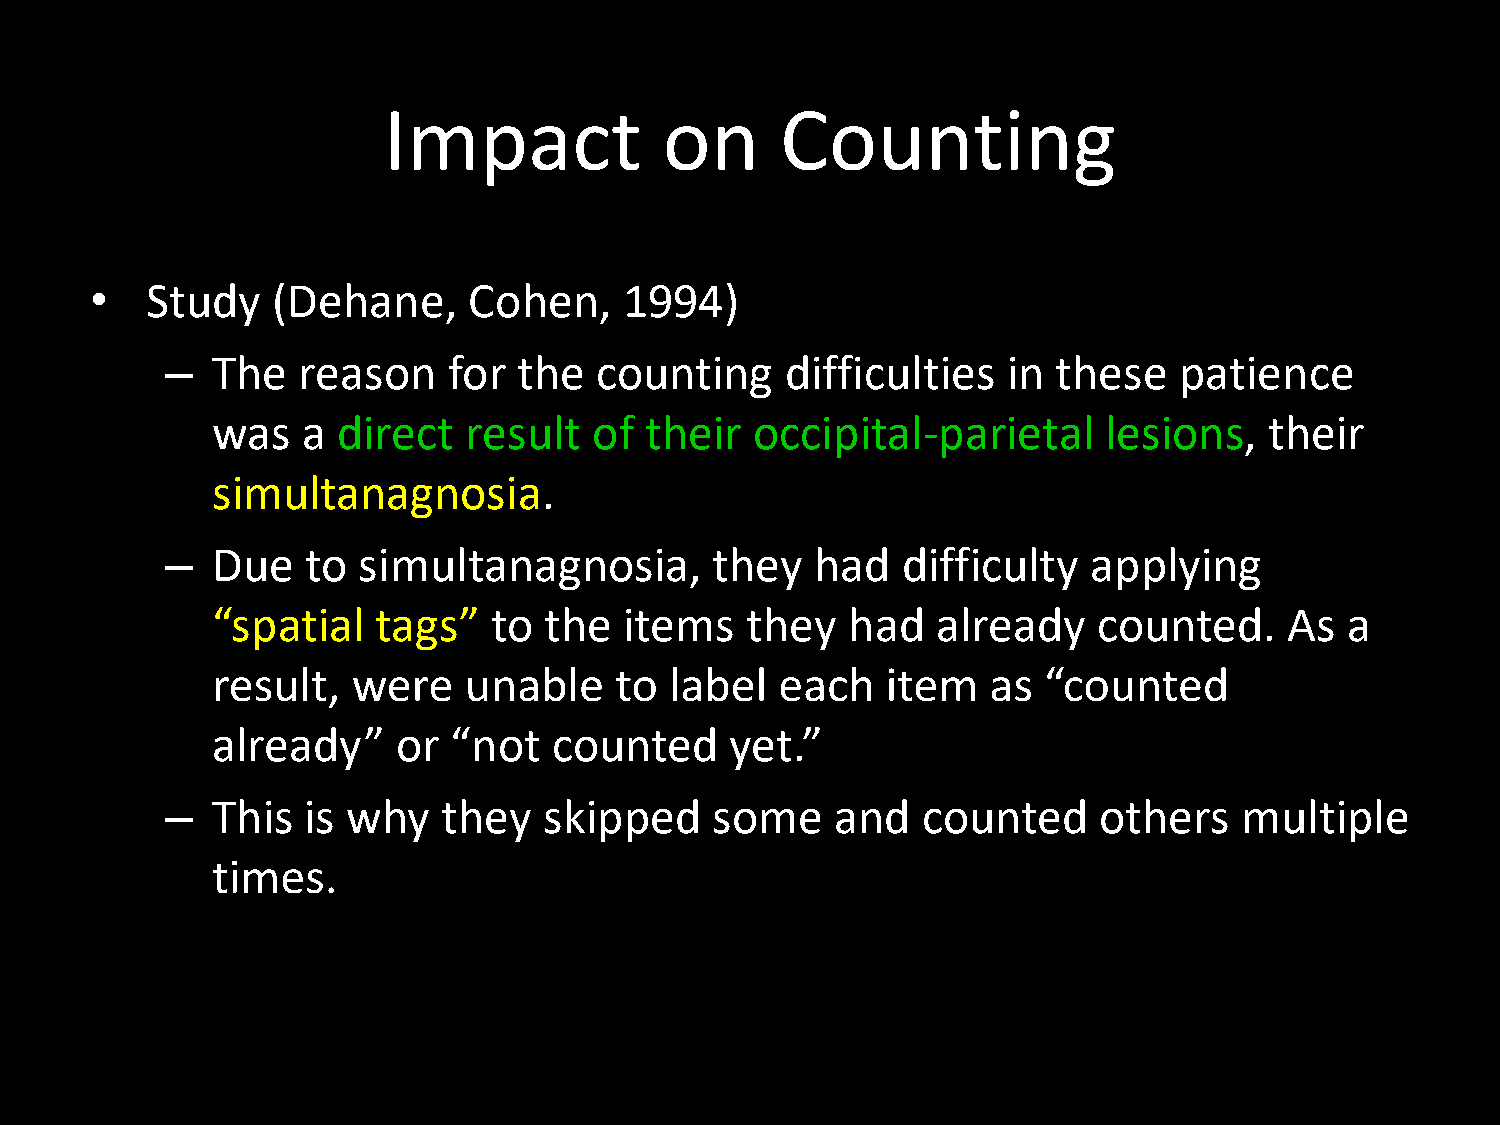
Impact             on      Counting
 Study   (Dehane,     Cohen,    1994)
 •
 The   reason    for the  counting     difficulties   in these   patience
 –
 was   a direct   result  of  their  occipital-parietal     lesions,   their
 simultanagnosia.
 Due   to  simultanagnosia,       they   had   difficulty  applying
 –
 to  the  items   they   had   already    counted.    As  a
 “spatial   tags”
 result,  were    unable    to label   each   item   as “counted
 already”    or  “not   counted    yet.”
 This  is why   they   skipped    some    and   counted     others   multiple
 –
 times.